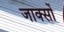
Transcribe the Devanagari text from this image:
जाक्सों